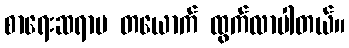
စာရေးဆရာမ တယောက် ထွက်လာပါတယ်။